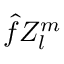
\hat { f } Z _ { l } ^ { m }